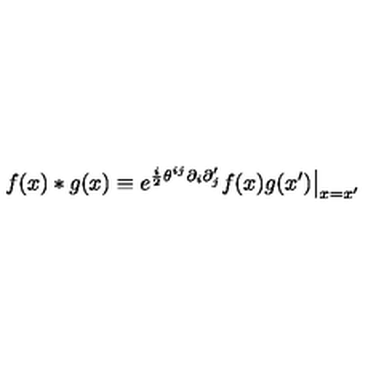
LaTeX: f ( x ) * g ( x ) \equiv e ^ { \frac { i } { 2 } \theta ^ { i j } \partial _ { i } \partial _ { j } ^ { \prime } } f ( x ) g ( x ^ { \prime } ) \big | _ { x = x ^ { \prime } }